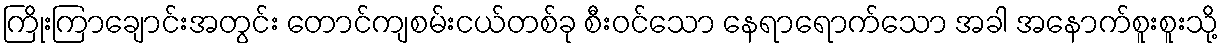
ကြိုးကြာချောင်းအတွင်း တောင်ကျစမ်းငယ်တစ်ခု စီးဝင်သော နေရာရောက်သော အခါ အနောက်စူးစူးသို့